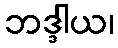
ဘဒ္ဒါယ၊